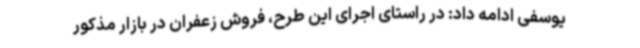
یوسفی ادامه داد: در راستای اجرای این طرح، فروش زعفران در بازار مذکور